Civil Veterinary Department. United Provinces 1932-42 - 1932-1942
Year: 1932
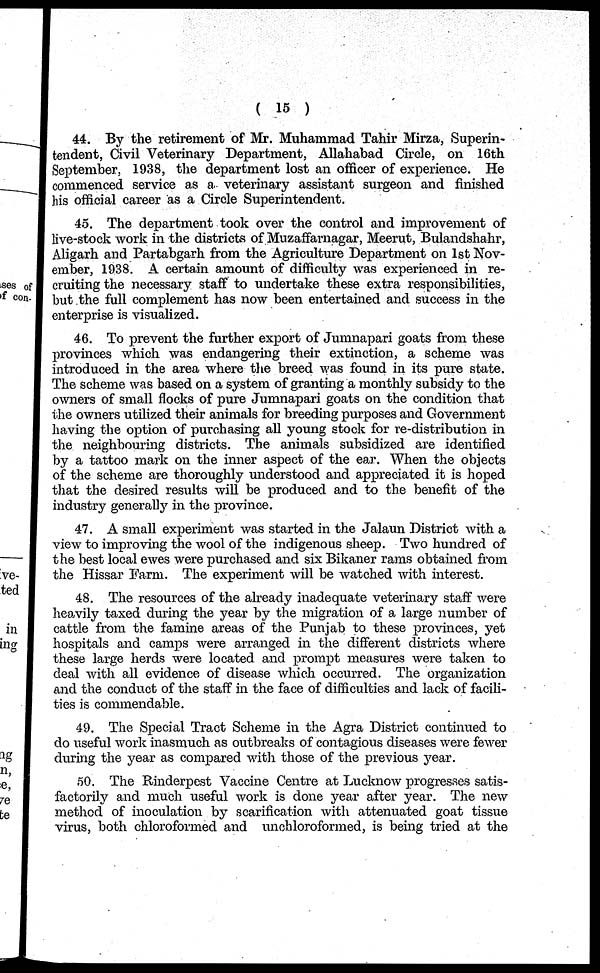
(15)
44. By the retirement of Mr. Muhammad Tahir Mirza, Superin-
tendent, Civil Veterinary Department, Allahabad Circle, on 16th
September, 1938, the department lost an officer of experience. He
commenced service as a veterinary assistant surgeon and finished
his official career as a Circle Superintendent.
45. The department took over the control and improvement of
live-stock work in the districts of Muzaffarnagar, Meerut, Bulandshahr,
Aligarh and Partabgarh from the Agriculture Department on 1st Nov-
ember, 1938. A certain amount of difficulty was experienced in re-
cruiting the necessary staff to undertake these extra responsibilities,
but the full complement has now been entertained and success in the
enterprise is visualized.
46. To prevent the further export of Jumnapari goats from these
provinces which was endangering their extinction, a scheme was
introduced in the area where the breed was found in its pure state.
The scheme was based on a system of granting a monthly subsidy to the
owners of small flocks of pure Jumnapari goats on the condition that
the owners utilized their animals for breeding purposes and Government
having the option of purchasing all young stock for re-distribution in
the neighbouring districts. The animals subsidized are identified
by a tattoo mark on the inner aspect of the ear. When the objects
of the scheme are thoroughly understood and appreciated it is hoped
that the desired results will be produced and to the benefit of the
industry generally in the province.
47. A small experiment was started in the Jalaun District with a
view to improving the wool of the indigenous sheep. Two hundred of
the best local ewes were purchased and six Bikaner rams obtained from
the Hissar Farm. The experiment will be watched with interest.
48. The resources of the already inadequate veterinary staff were
heavily taxed during the year by the migration of a large number of
cattle from the famine areas of the Punjab to these provinces, yet
hospitals and camps were arranged in the different districts where
these large herds were located and prompt measures were taken to
deal with all evidence of disease which occurred. The organization
and the conduct of the staff in the face of difficulties and lack of facili-
ties is commendable.
49. The Special Tract Scheme in the Agra District continued to
do useful work inasmuch as outbreaks of contagious diseases were fewer
during the year as compared with those of the previous year.
50. The Rinderpest Vaccine Centre at Lucknow progresses satis-
factorily and much useful work is done year after year. The new
method of inoculation by scarification with attenuated goat tissue
virus, both chloroformed and unchloroformed, is being tried at the